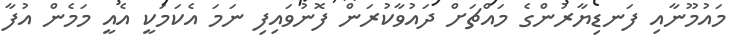
މައުމޫނާއި ފަނޑިޔާރުންގެ މައްޗަށް ދައުވާކުރަން ފޮނުވައިފި ނަމަ އެކަމަކީ އެއީ މަމެން އުފާ